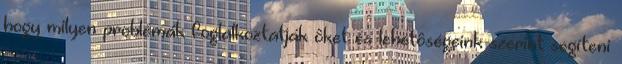
hogy milyen problémák foglalkoztatják ôket és lehetôségeink szerint segíteni